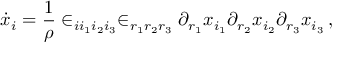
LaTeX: \dot { x } _ { i } = \frac { 1 } { \rho } \in _ { i i _ { 1 } i _ { 2 } i _ { 3 } } \in _ { r _ { 1 } r _ { 2 } r _ { 3 } } \partial _ { r _ { 1 } } x _ { i _ { 1 } } \partial _ { r _ { 2 } } x _ { i _ { 2 } } \partial _ { r _ { 3 } } x _ { i _ { 3 } } \, ,